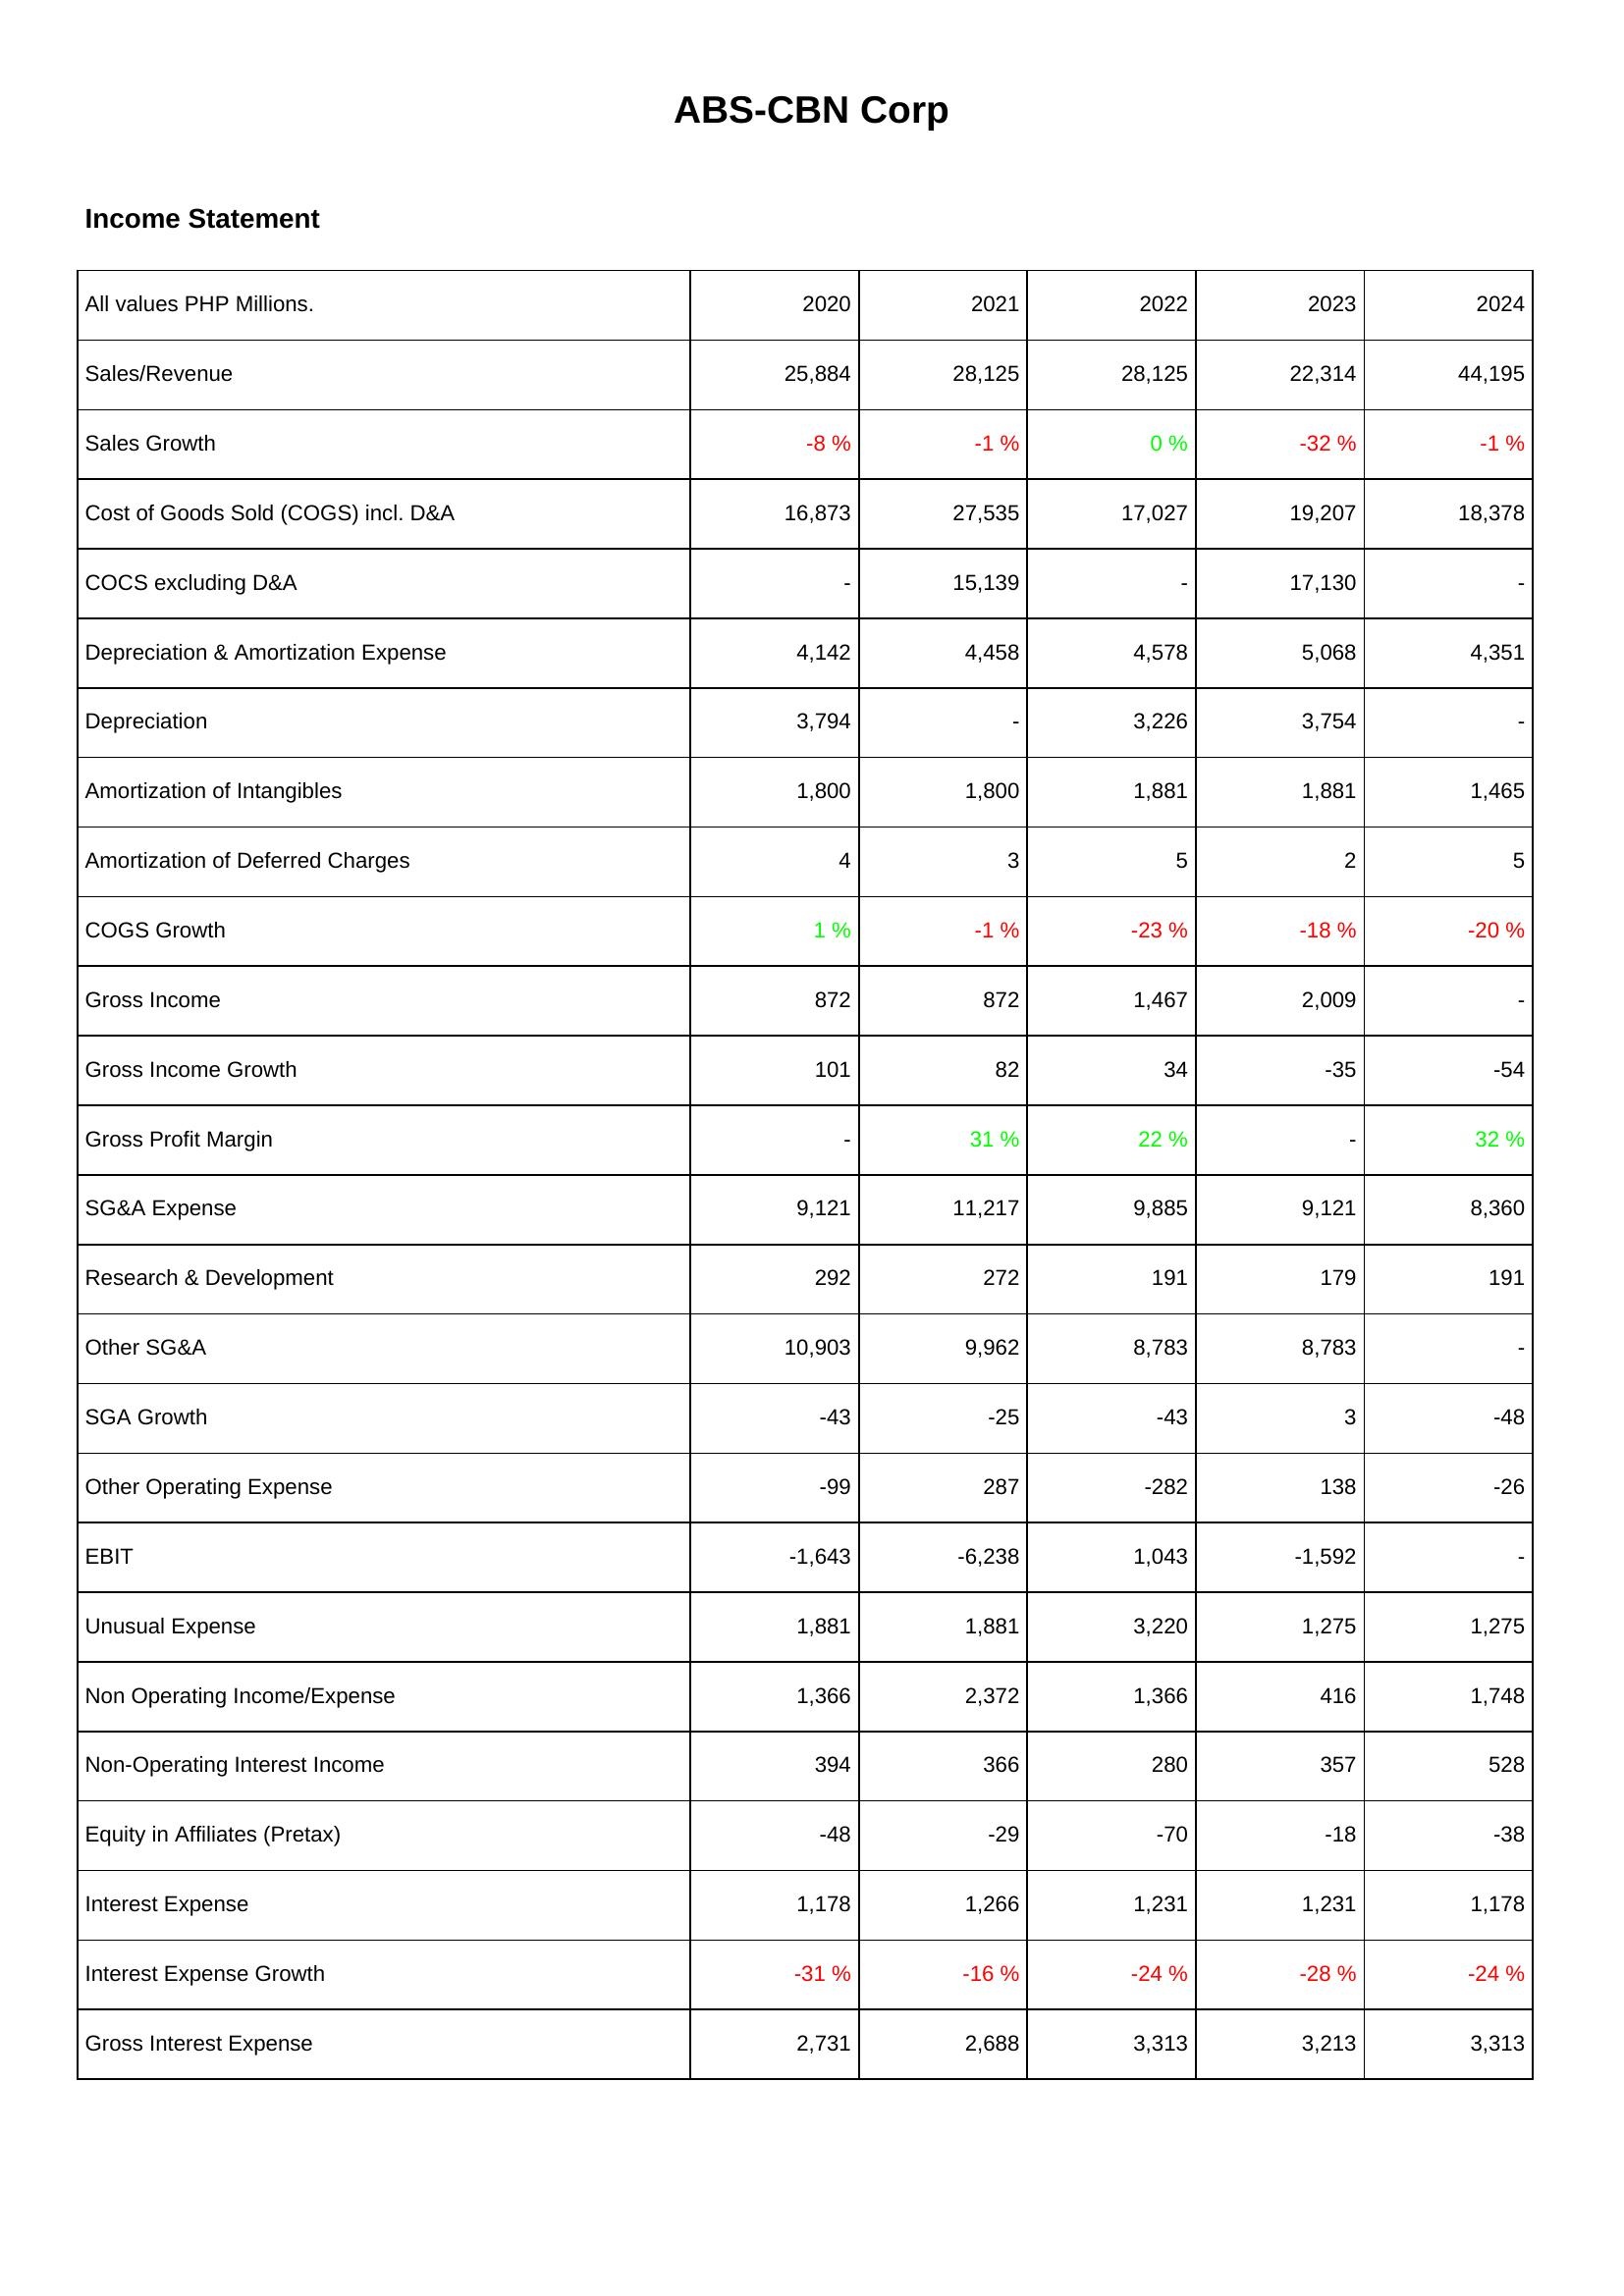
2020: Income Statement: Sales/Revenue: 25,884
Sales Growth: -8 %
Cost of Goods Sold (COGS) incl. D&A: 16,873
COCS excluding D&A: -
Depreciation & Amortization Expense: 4,142
Depreciation: 3,794
Amortization of Intangibles: 1,800
Amortization of Deferred Charges: 4
COGS Growth: 1 %
Gross Income: 872
Gross Income Growth: 101
Gross Profit Margin: -
SG&A Expense: 9,121
Research & Development: 292
Other SG&A: 10,903
SGA Growth: -43
Other Operating Expense: -99
EBIT: -1,643
Unusual Expense: 1,881
Non Operating Income/Expense: 1,366
Non-Operating Interest Income: 394
Equity in Affiliates (Pretax): -48
Interest Expense: 1,178
Interest Expense Growth: -31 %
Gross Interest Expense: 2,731
2021: Income Statement: Sales/Revenue: 28,125
Sales Growth: -1 %
Cost of Goods Sold (COGS) incl. D&A: 27,535
COCS excluding D&A: 15,139
Depreciation & Amortization Expense: 4,458
Depreciation: -
Amortization of Intangibles: 1,800
Amortization of Deferred Charges: 3
COGS Growth: -1 %
Gross Income: 872
Gross Income Growth: 82
Gross Profit Margin: 31 %
SG&A Expense: 11,217
Research & Development: 272
Other SG&A: 9,962
SGA Growth: -25
Other Operating Expense: 287
EBIT: -6,238
Unusual Expense: 1,881
Non Operating Income/Expense: 2,372
Non-Operating Interest Income: 366
Equity in Affiliates (Pretax): -29
Interest Expense: 1,266
Interest Expense Growth: -16 %
Gross Interest Expense: 2,688
2022: Income Statement: Sales/Revenue: 28,125
Sales Growth: 0 %
Cost of Goods Sold (COGS) incl. D&A: 17,027
COCS excluding D&A: -
Depreciation & Amortization Expense: 4,578
Depreciation: 3,226
Amortization of Intangibles: 1,881
Amortization of Deferred Charges: 5
COGS Growth: -23 %
Gross Income: 1,467
Gross Income Growth: 34
Gross Profit Margin: 22 %
SG&A Expense: 9,885
Research & Development: 191
Other SG&A: 8,783
SGA Growth: -43
Other Operating Expense: -282
EBIT: 1,043
Unusual Expense: 3,220
Non Operating Income/Expense: 1,366
Non-Operating Interest Income: 280
Equity in Affiliates (Pretax): -70
Interest Expense: 1,231
Interest Expense Growth: -24 %
Gross Interest Expense: 3,313
2023: Income Statement: Sales/Revenue: 22,314
Sales Growth: -32 %
Cost of Goods Sold (COGS) incl. D&A: 19,207
COCS excluding D&A: 17,130
Depreciation & Amortization Expense: 5,068
Depreciation: 3,754
Amortization of Intangibles: 1,881
Amortization of Deferred Charges: 2
COGS Growth: -18 %
Gross Income: 2,009
Gross Income Growth: -35
Gross Profit Margin: -
SG&A Expense: 9,121
Research & Development: 179
Other SG&A: 8,783
SGA Growth: 3
Other Operating Expense: 138
EBIT: -1,592
Unusual Expense: 1,275
Non Operating Income/Expense: 416
Non-Operating Interest Income: 357
Equity in Affiliates (Pretax): -18
Interest Expense: 1,231
Interest Expense Growth: -28 %
Gross Interest Expense: 3,213
2024: Income Statement: Sales/Revenue: 44,195
Sales Growth: -1 %
Cost of Goods Sold (COGS) incl. D&A: 18,378
COCS excluding D&A: -
Depreciation & Amortization Expense: 4,351
Depreciation: -
Amortization of Intangibles: 1,465
Amortization of Deferred Charges: 5
COGS Growth: -20 %
Gross Income: -
Gross Income Growth: -54
Gross Profit Margin: 32 %
SG&A Expense: 8,360
Research & Development: 191
Other SG&A: -
SGA Growth: -48
Other Operating Expense: -26
EBIT: -
Unusual Expense: 1,275
Non Operating Income/Expense: 1,748
Non-Operating Interest Income: 528
Equity in Affiliates (Pretax): -38
Interest Expense: 1,178
Interest Expense Growth: -24 %
Gross Interest Expense: 3,313